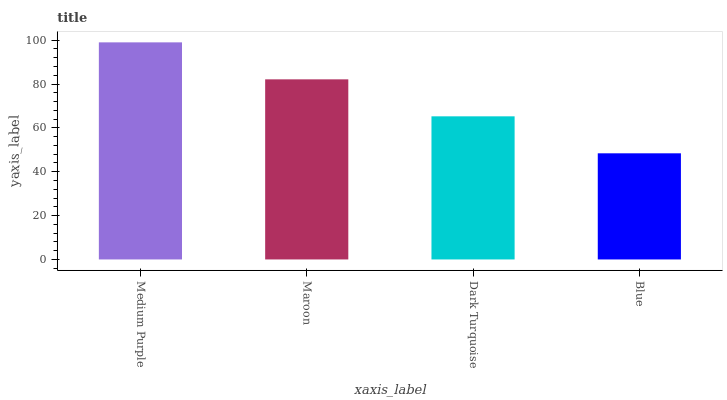
| xaxis_label | bars |
 | --- | --- |
 | Medium Purple | 99 |
 | Maroon | 82.1 |
 | Dark Turquoise | 65.3 |
 | Blue | 48.4 |